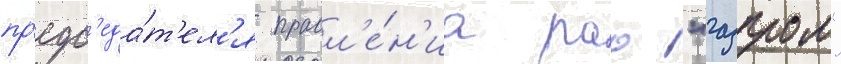
пр'едс'еда́т'ел'я правл'е́н'иа рао "газпром"